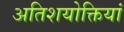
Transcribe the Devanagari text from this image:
अतिशयोक्तियां